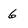
Character: 6